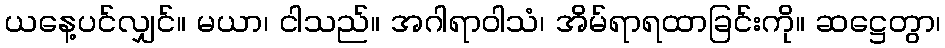
ယနေ့ပင်လျှင်။ မယာ၊ ငါသည်။ အဂါရာဝါသံ၊ အိမ်ရာရထာခြင်းကို။ ဆဋ္ဌေတွာ၊